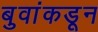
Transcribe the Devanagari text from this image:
बुवांकडून